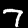
Digit: 7